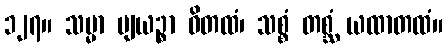
၁၂၇။ သမ္မာ ဗျယဉ္စာ ဝိတထံ၊ သစ္စံ တစ္ဆံ ယထာတထံ။